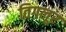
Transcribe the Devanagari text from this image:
तिगलूर